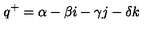
q ^ { + } = \alpha - \beta i - \gamma j - \delta k